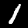
Digit: 1